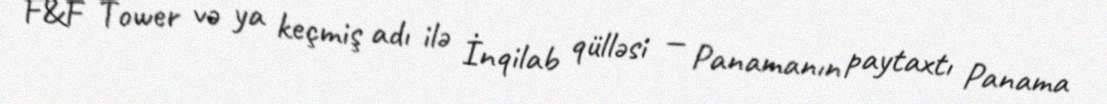
F&F Tower və ya keçmiş adı ilə İnqilab qülləsi — Panamanın paytaxtı Panama